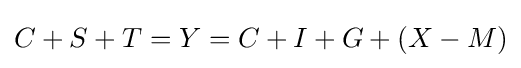
C+S+T=Y=C+I+G+(X-M)